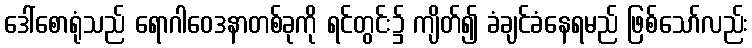
ဒေါ်စောရုံသည် ရောဂါဝေဒနာတစ်ခုကို ရင်တွင်း၌ ကျိတ်၍ ခံချင်ခံနေရမည် ဖြစ်သော်လည်း